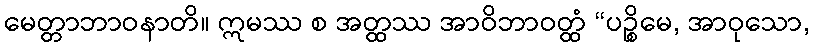
မေတ္တာဘာဝနာတိ။ ဣမဿ စ အတ္ထဿ အာဝိဘာဝတ္ထံ “ပဉ္စိမေ, အာဝုသော,